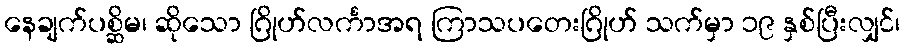
နေချက်ပစ္ဆိမ၊ ဆိုသော ဂြိုဟ်လင်္ကာအရ ကြာသပတေးဂြိုဟ် သက်မှာ ၁၉ နှစ်ပြီးလျှင်၊